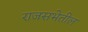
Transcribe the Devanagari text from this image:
राजसभेतील